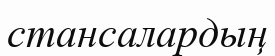
стансалардың